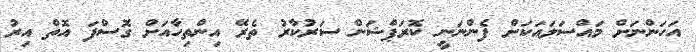
އަހަންނަށް މައްސަލައަކަށް ފެންނަނީ ކޮރަޕްޝަން ސަރުކާރު ތެރޭ އިންތިހާއަށް ގޮސްފަ އޮތް އިރު